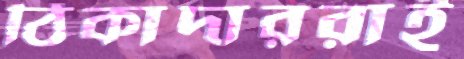
ঠিকাদাররাই